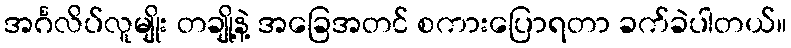
အင်္ဂလိပ်လူမျိုး တချို့နဲ့ အခြေအတင် စကားပြောရတာ ခက်ခဲပါတယ်။